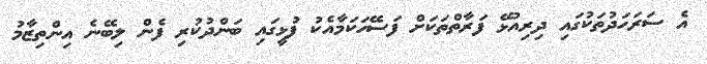
އެ ސަރަހަދުތަކުގައި ދިރިއުޅޭ ފަރާތްތަކަށް ފަސޭހަކަމާއެކު ފުޅީގައި ބަންދުކުރި ފެން ލިބޭނެ އިންތިޒާމު